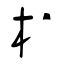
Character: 棡